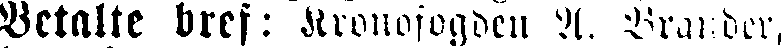
Betalte bref: Kronofogden A. Breder,